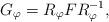
LaTeX: \begin{align*}G_{\varphi} = R_{\varphi} F R_{\varphi}^{-1},\end{align*}